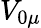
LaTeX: V_{0\mu}